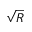
\sqrt { R }